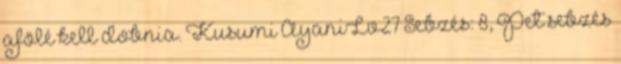
afölé kell dobnia. Kusumi AyaniLv27 Sebzés: 8, Pet sebzés